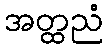
အတ္ထညံ